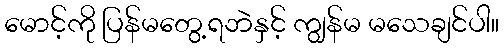
မောင့်ကို ပြန်မတွေ့ရဘဲနှင့် ကျွန်မ မသေချင်ပါ။